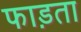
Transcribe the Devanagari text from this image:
फाड़ता